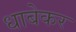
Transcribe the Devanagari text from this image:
धाबेकर